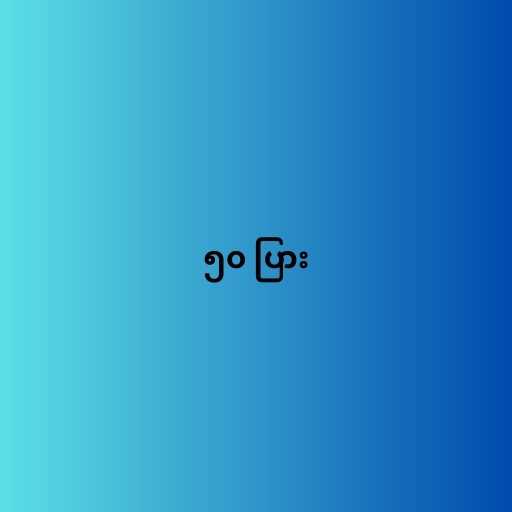
၅၀ ပြား